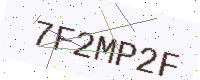
Text: 7F2MP2F